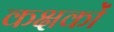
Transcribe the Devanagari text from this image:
कक्षकों